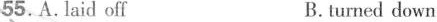
55.A.laid off B.turned down